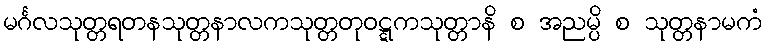
မင်္ဂလသုတ္တရတနသုတ္တနာလကသုတ္တတုဝဋ္ဋကသုတ္တာနိ စ အညမ္ပိ စ သုတ္တနာမကံ